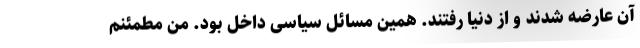
آن عارضه شدند و از دنیا رفتند. همین مسائل سیاسی داخل بود. من مطمئنم